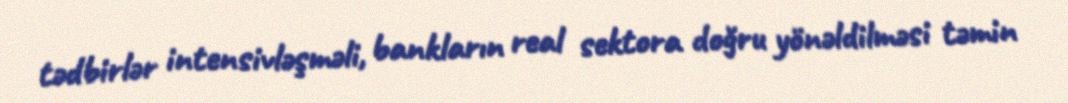
tədbirlər intensivləşməli, bankların real sektora doğru yönəldilməsi təmin